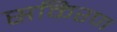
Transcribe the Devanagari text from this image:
सकिरण